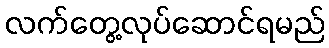
လက်တွေ့လုပ်ဆောင်ရမည်